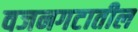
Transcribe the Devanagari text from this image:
वजनगटातील